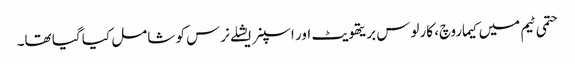
حتمی ٹیم میں کیماروچ، کارلوس بریتھویٹ اور اسپنر ایشلے نرس کو شامل کیا گیا تھا۔